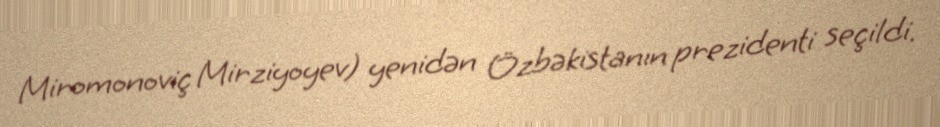
Miromonoviç Mirziyoyev) yenidən Özbəkistanın prezidenti seçildi.